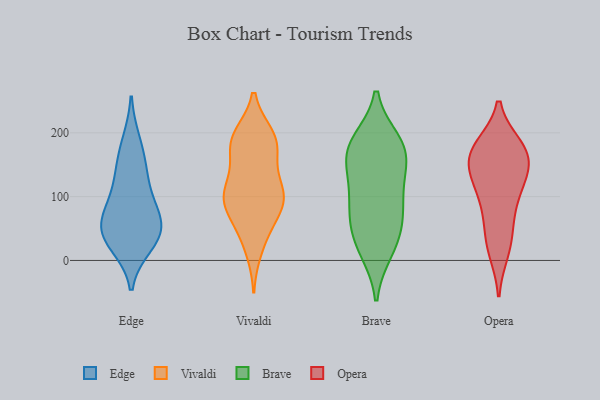
{"axis": {"x": "Backlog", "y": "Value"}, "legend": ["Brave", "Edge", "Opera", "Vivaldi"], "data": [{"x": "", "y": 80, "type": "Edge"}, {"x": "", "y": 46, "type": "Edge"}, {"x": "", "y": 37, "type": "Edge"}, {"x": "", "y": 185, "type": "Edge"}, {"x": "", "y": 93, "type": "Edge"}, {"x": "", "y": 26, "type": "Edge"}, {"x": "", "y": 129, "type": "Edge"}, {"x": "", "y": 47, "type": "Edge"}, {"x": "", "y": 151, "type": "Edge"}, {"x": "", "y": 54, "type": "Edge"}, {"x": "", "y": 104, "type": "Vivaldi"}, {"x": "", "y": 92, "type": "Vivaldi"}, {"x": "", "y": 174, "type": "Vivaldi"}, {"x": "", "y": 128, "type": "Vivaldi"}, {"x": "", "y": 17, "type": "Vivaldi"}, {"x": "", "y": 193, "type": "Vivaldi"}, {"x": "", "y": 86, "type": "Vivaldi"}, {"x": "", "y": 93, "type": "Vivaldi"}, {"x": "", "y": 189, "type": "Vivaldi"}, {"x": "", "y": 123, "type": "Vivaldi"}, {"x": "", "y": 61, "type": "Vivaldi"}, {"x": "", "y": 94, "type": "Vivaldi"}, {"x": "", "y": 187, "type": "Vivaldi"}, {"x": "", "y": 195, "type": "Vivaldi"}, {"x": "", "y": 174, "type": "Vivaldi"}, {"x": "", "y": 101, "type": "Vivaldi"}, {"x": "", "y": 42, "type": "Vivaldi"}, {"x": "", "y": 109, "type": "Brave"}, {"x": "", "y": 84, "type": "Brave"}, {"x": "", "y": 89, "type": "Brave"}, {"x": "", "y": 47, "type": "Brave"}, {"x": "", "y": 16, "type": "Brave"}, {"x": "", "y": 186, "type": "Brave"}, {"x": "", "y": 22, "type": "Brave"}, {"x": "", "y": 163, "type": "Brave"}, {"x": "", "y": 58, "type": "Brave"}, {"x": "", "y": 163, "type": "Brave"}, {"x": "", "y": 136, "type": "Brave"}, {"x": "", "y": 176, "type": "Brave"}, {"x": "", "y": 183, "type": "Brave"}, {"x": "", "y": 24, "type": "Opera"}, {"x": "", "y": 173, "type": "Opera"}, {"x": "", "y": 50, "type": "Opera"}, {"x": "", "y": 112, "type": "Opera"}, {"x": "", "y": 131, "type": "Opera"}, {"x": "", "y": 101, "type": "Opera"}, {"x": "", "y": 167, "type": "Opera"}, {"x": "", "y": 169, "type": "Opera"}, {"x": "", "y": 15, "type": "Opera"}, {"x": "", "y": 173, "type": "Opera"}, {"x": "", "y": 147, "type": "Opera"}, {"x": "", "y": 139, "type": "Opera"}, {"x": "", "y": 78, "type": "Opera"}, {"x": "", "y": 178, "type": "Opera"}]}